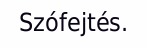
Szófejtés.